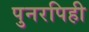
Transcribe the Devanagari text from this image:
पुनरपिही